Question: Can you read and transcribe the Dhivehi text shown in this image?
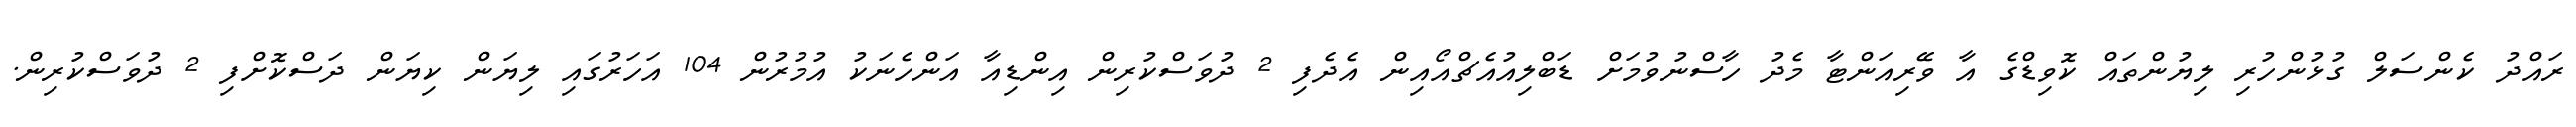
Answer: ރައްދު ކެންސަލް ގުޅުންހުރި ލިޔުންތައް ކޮވިޑްގެ އާ ވޭރިއަންޓާ މެދު ހާސްނުވުމަށް ޑަބްލިއުއެޗްއޯއިން އެދެފި 2 ދުވަސްކުރިން އިންޑިއާ އަންހެނަކު އުމުރުން 104 އަހަރުގައި ލިޔަން ކިޔަން ދަސްކޮށްފި 2 ދުވަސްކުރިން.